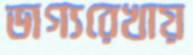
ভাগ্যরেখায়